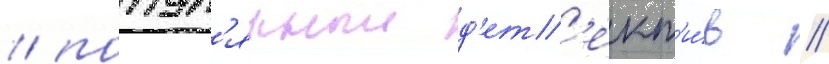
/ попул'ярныи д'ет'ект'и́в /